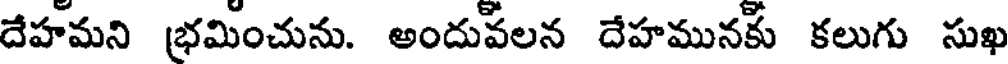
దేహమని (భమించును. అందువలన దేహమునకు కలుగు సుఖ